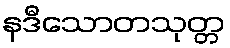
နဒီသောတသုတ္တ